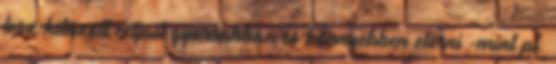
lesz kitűzött céljait gyorsabban és könnyebben elérni -mint pl.